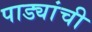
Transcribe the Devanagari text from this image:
पाड्यांची